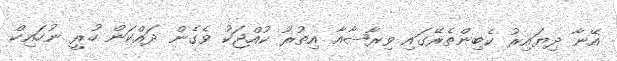
އޭނާ ދިޔައިރު ކެބިންތެރޭގައި ވިރާޝާއާ އިތުރު ކުއްޖަކު ވެގެން ދައްކަން ހުރީ ނުހައިކް